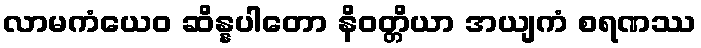
လာမကံယေဝ ဆိန္နပါတော နိဝတ္တိယာ အယျကံ စရဏဿ